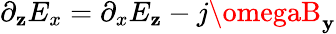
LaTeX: \partial_{\mathbf{z}}E_{x}=\partial_{x}E_{\mathbf{z}}-j\omegaB_{\mathbf{y}}